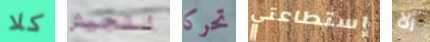
كلا للجيش تحركا إستطاعتي ألا